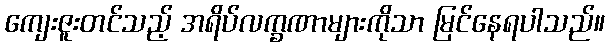
ကျေးဇူးတင်သည့် အရိပ်လက္ခဏာများကိုသာ မြင်နေရပါသည်။